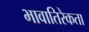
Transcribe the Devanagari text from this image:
भावातिरेकता